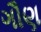
ગૌણ